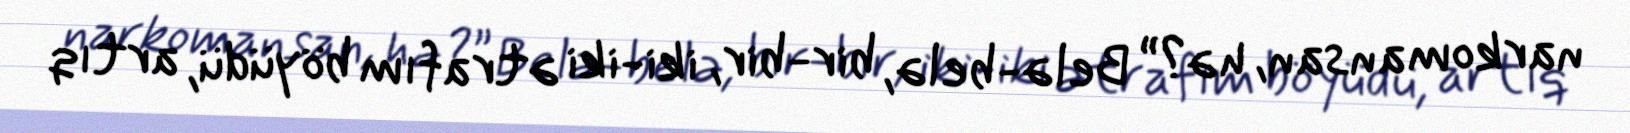
narkomansan, hə?” Belə-belə, bir-bir, iki-iki ətrafım böyüdü, artıq